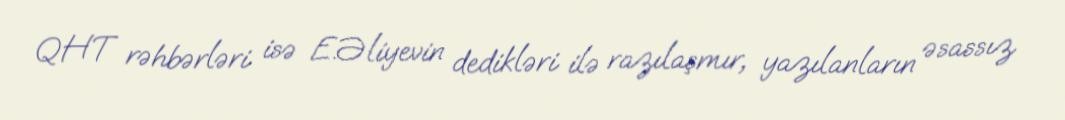
QHT rəhbərləri isə E.Əliyevin dedikləri ilə razılaşmır, yazılanların əsassız